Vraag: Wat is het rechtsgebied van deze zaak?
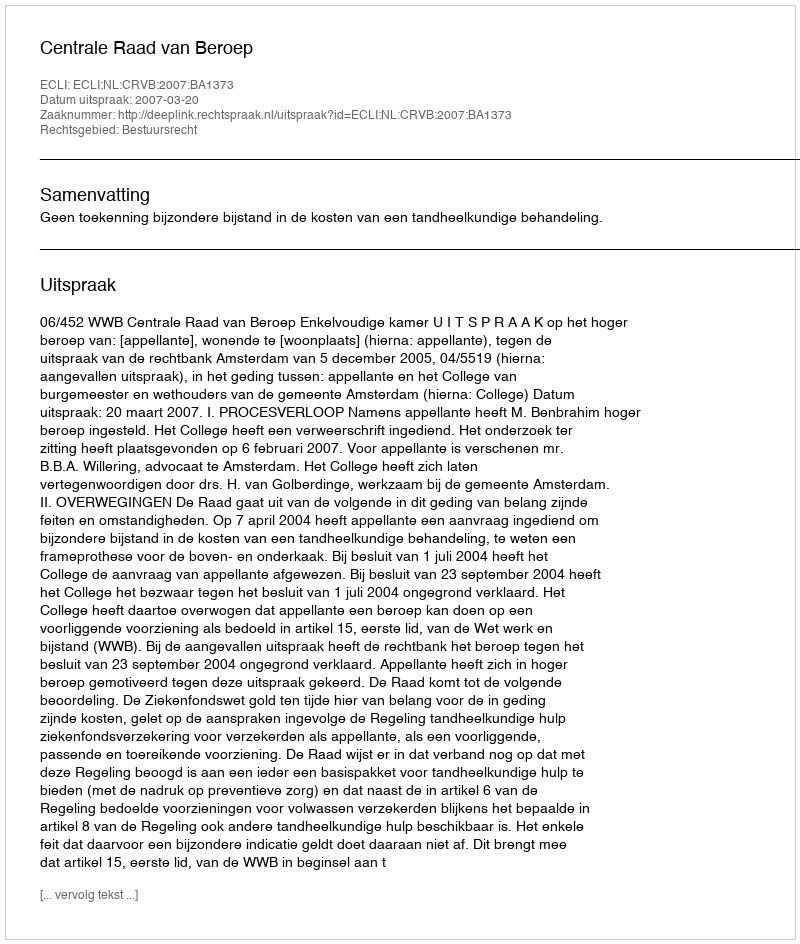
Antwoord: Bestuursrecht